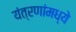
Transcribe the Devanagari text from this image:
यंत्रणांमध्ये